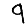
Digit: 9